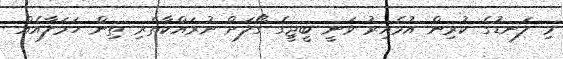
މި ލަނޑުގެ ކުރިން އުމެއިރު ވަނީ ބީޖީގެ ގޯލަށް ނުރައްކާތެރި ތިން ހަމަލާއެއްް